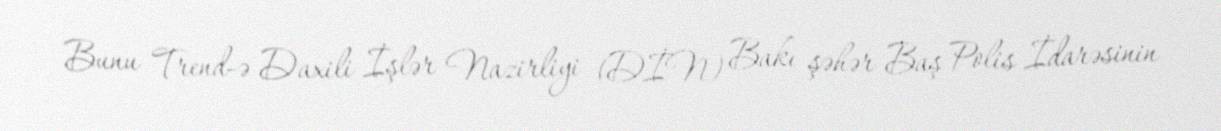
Bunu Trend-ə Daxili İşlər Nazirliyi (DİN) Bakı şəhər Baş Polis İdarəsinin